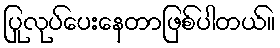
ပြုလုပ်ပေးနေတာဖြစ်ပါတယ်။